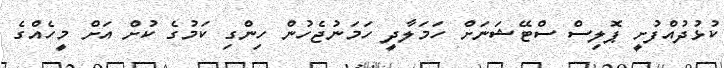
ކުޅުދުއްފުށީ ޕޮލިސް ސްޓޭޝަނަށް ހަމަލާދީ ހަމަނުޖެހުން ހިންގި ކަމުގެ ކުށް އަށް މީހެއްގެ